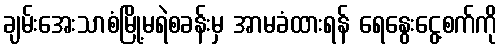
ချမ်းအေးသာစံမြို့မရဲစခန်းမှ အာမခံထားရန် ရေနွေးငွေ့စက်ကို